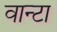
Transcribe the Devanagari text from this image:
वान्टा